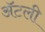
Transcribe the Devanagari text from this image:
अॅटली